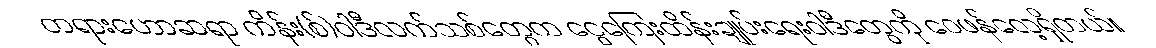
တရားဟောဆရာ ကိန်း(စ်)ဝါဒီလက်သစ်တွေက ငွေကြေးထိန်းချုပ်းရေးဝါဒီတွေကို ဝေဖန်လေ့ရှိတယ်။